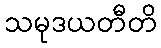
သမုဒယတီတိ